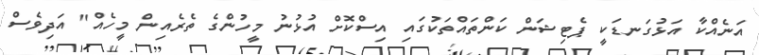
އަނެއްކާ އަޅުގަނޑަކީ ޕެޓިޝަން ކަންތައްތަކުގައި އިސްކޮށް އުޅުނު މީހުންގެ ތެރެއިން މީހެއް" އަދިވެސް